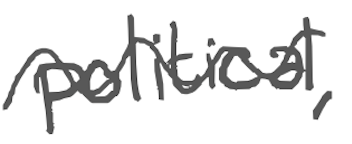
Text: political,
Cross-out: wave
Writing tool: digital_gray